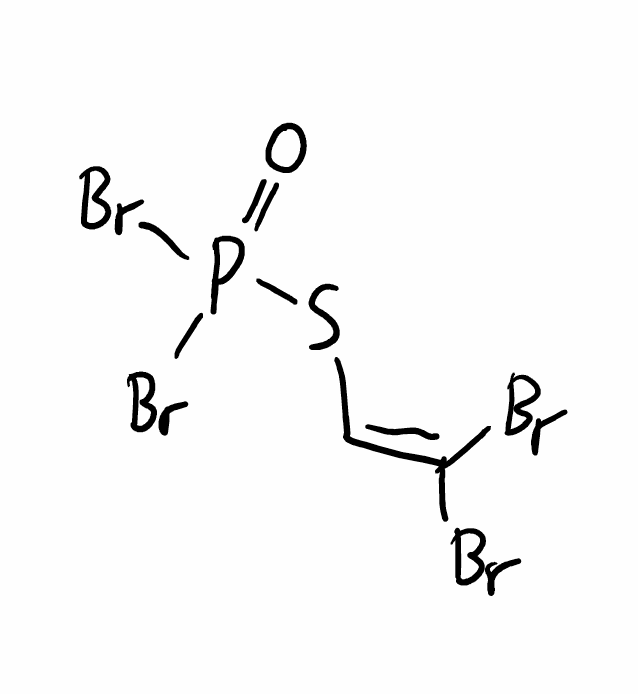
Simplified molecular-input line-entry system (SMILES) notation of the given molecule:
C(=C(Br)Br)SP(=O)(Br)Br